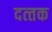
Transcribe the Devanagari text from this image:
दत्‍तक